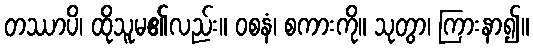
တဿာပိ၊ ထိုသူမ၏လည်း။ ဝစနံ၊ စကားကို။ သုတွာ၊ ကြားနာ၍။